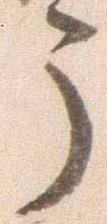
う